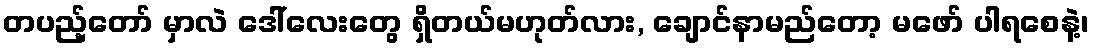
တပည့်တော် မှာလဲ ဒေါ်လေးတွေ ရှိတယ်မဟုတ်လား, ချောင်နာမည်တော့ မဖော် ပါရစေနဲ့၊